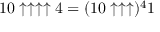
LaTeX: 1 0 \uparrow \uparrow \uparrow \uparrow 4 = ( 1 0 \uparrow \uparrow \uparrow ) ^ { 4 } 1